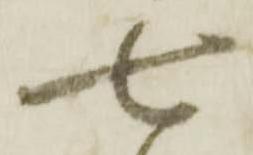
七